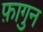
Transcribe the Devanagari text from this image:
फ़ागुन